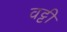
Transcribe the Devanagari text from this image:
वट्टी